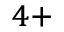
^ { 4 + }